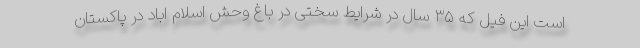
است این فیل که ۳۵ سال در شرایط سختی در باغ وحش اسلام اباد در پاکستان